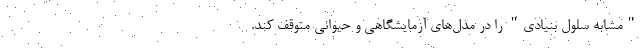
"مشابه سلول بنیادی"‌ را در مدل‌های آزمایشگاهی و حیوانی متوقف کند.